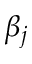
\beta _ { j }